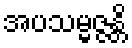
အပသမ္မဇ္ဇန္တိ